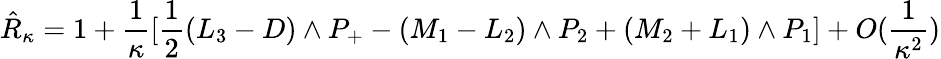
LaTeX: \hat{R}_{\kappa}=1+\frac{1}{\kappa}[\frac{1}{2}(L_{3}-D)\wedge P_{+}-(M_{1}-L_{2})\wedge P_{2}+(M_{2}+L_{1})\wedge P_{1}]+O(\frac{1}{\kappa^{2}})